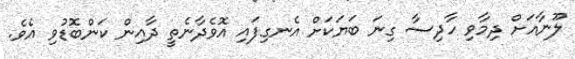
ލޫނާއަށް ދިމާވި ހާދިސާ ގިނަ ބަޔަކަށް އެނގިފައި އޮވެދާނެތީ ދާއިން ކަންބޮޑުވި އެވެ.